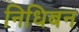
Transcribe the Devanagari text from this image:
निधिबन